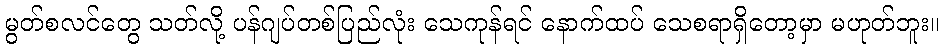
မွတ်စလင်တွေ သတ်လို့ ပန်ဂျပ်တစ်ပြည်လုံး သေကုန်ရင် နောက်ထပ် သေစရာရှိတော့မှာ မဟုတ်ဘူး။